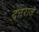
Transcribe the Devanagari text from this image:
दत्तराज